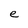
Character: e